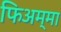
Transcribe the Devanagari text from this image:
फिअम्मा